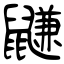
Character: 鼸